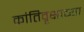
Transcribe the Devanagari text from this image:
क्रांतिवृक्षाच्या